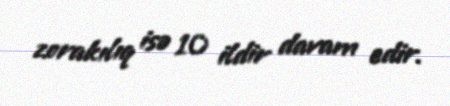
zorakılıq isə 10 ildir davam edir.